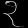
Digit: ၃